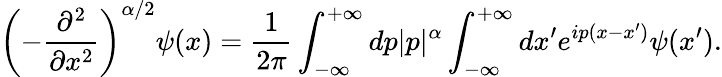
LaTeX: \left(-\frac{\partial^{2}}{\partial x^{2}}\right)^{\alpha/2}\psi(x)=\frac{1}{2\pi}\int_{-\infty}^{+\infty}dp|p|^{\alpha}\int_{-\infty}^{+\infty}dx^{\prime}e^{ip(x-x^{\prime})}\psi(x^{\prime}).